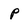
Character: p